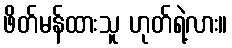
ဖိတ်မန်ထားသူ ဟုတ်ရဲ့လား။